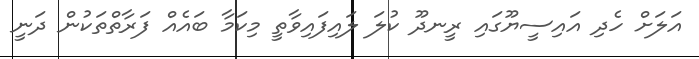
އަލަށް ހެދި އައިސީޔޫގައި ރީނދޫ ކުލަ ލައިފައިވާތީ މިކަމާ ބައެއް ފަރާތްތަކުން ދަނީ